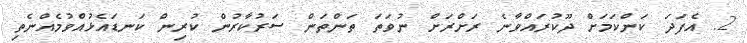
2. އެފަދަ ކަންކަމަށް ދޫކުރައްވާނެ ރަށްރަށް ނުވަތަ ތަންތަން ސަރުކާރުން ކުރިން ކަނޑައެޅުއްވުމެއްނެތި